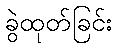
ခွဲထုတ်ခြင်း